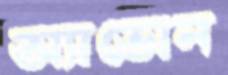
অ্যাভোন